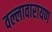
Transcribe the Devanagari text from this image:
वल्लावारायण